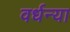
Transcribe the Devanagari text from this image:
वर्धन्या